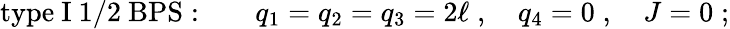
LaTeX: \mathrm{type~I~1/2~BPS:}\qquad q_{1}=q_{2}=q_{3}=2\ell\; ,\quad q_{4}=0\; ,\quad J=0\; ;